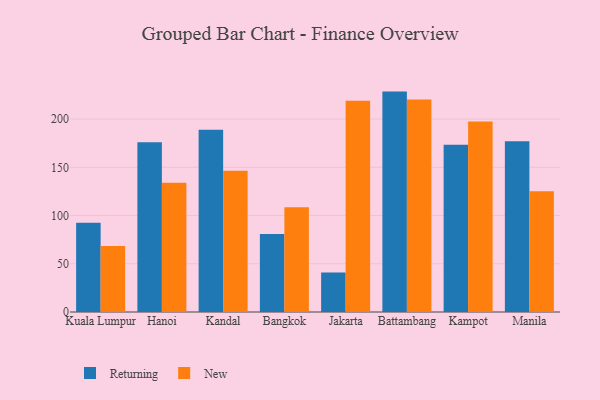
{"axis": {"x": "City", "y": "Inventory Turnover"}, "legend": ["New", "Returning"], "data": [{"x": "Kuala Lumpur", "y": 92.6, "type": "Returning"}, {"x": "Kuala Lumpur", "y": 68.4, "type": "New"}, {"x": "Hanoi", "y": 176.1, "type": "Returning"}, {"x": "Hanoi", "y": 134.1, "type": "New"}, {"x": "Kandal", "y": 188.9, "type": "Returning"}, {"x": "Kandal", "y": 146.5, "type": "New"}, {"x": "Bangkok", "y": 80.9, "type": "Returning"}, {"x": "Bangkok", "y": 108.5, "type": "New"}, {"x": "Jakarta", "y": 40.9, "type": "Returning"}, {"x": "Jakarta", "y": 219.1, "type": "New"}, {"x": "Battambang", "y": 228.5, "type": "Returning"}, {"x": "Battambang", "y": 220.3, "type": "New"}, {"x": "Kampot", "y": 173.5, "type": "Returning"}, {"x": "Kampot", "y": 197.5, "type": "New"}, {"x": "Manila", "y": 177.0, "type": "Returning"}, {"x": "Manila", "y": 125.2, "type": "New"}]}